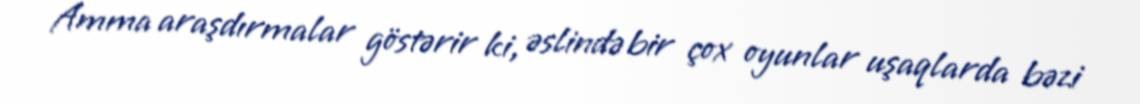
Amma araşdırmalar göstərir ki, əslində bir çox oyunlar uşaqlarda bəzi